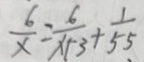
\frac { 6 } { x } = \frac { 6 } { x + 3 } + \frac { 1 } { 5 5 }